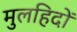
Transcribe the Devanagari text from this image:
मुलहिदों